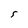
Character: s